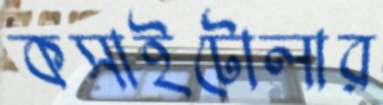
কসাইটোলার